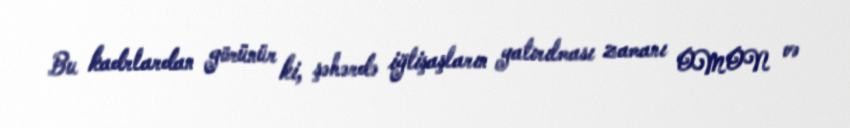
Bu kadrlardan görünür ki, şəhərdə iğtişaşların yatırılması zamanı OMON və